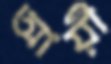
আয়ী